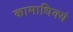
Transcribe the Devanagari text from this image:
कामाधिक्यं